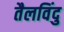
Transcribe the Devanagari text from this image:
तैलविंदु